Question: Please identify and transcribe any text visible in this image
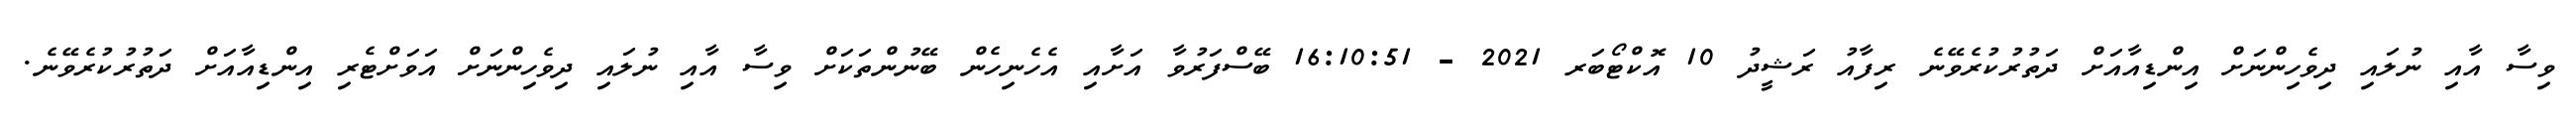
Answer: ވިސާ އާއި ނުލައި ދިވެހިންނަށް އިންޑިއާއަށް ދަތުރުކުރެވޭނެ ރިފާއު ރަޝީދު 10 އޮކްޓޯބަރ 2021 - 16:10:51 ބޭސްފަރުވާ އަށާއި އެހެނިހެން ބޭނުންތަކަށް ވިސާ އާއި ނުލައި ދިވެހިންނަށް އަވަށްޓެރި އިންޑިއާއަށް ދަތުރުކުރެވޭނެ.